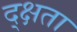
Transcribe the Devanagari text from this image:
द्क्षता